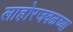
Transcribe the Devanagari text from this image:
लाहोरजवळच्या